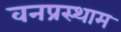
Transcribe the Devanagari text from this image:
वनप्रस्थाम